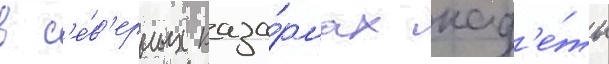
в с'е́в'ерных каза́рмах кад'е́ты